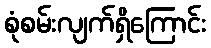
စုံစမ်းလျက်ရှိကြောင်း